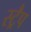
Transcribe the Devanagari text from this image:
स्ट्रैप